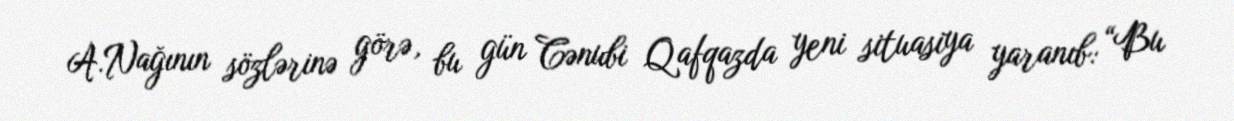
A.Nağının sözlərinə görə, bu gün Cənubi Qafqazda yeni situasiya yaranıb: “Bu